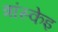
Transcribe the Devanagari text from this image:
त्रांस्केइ